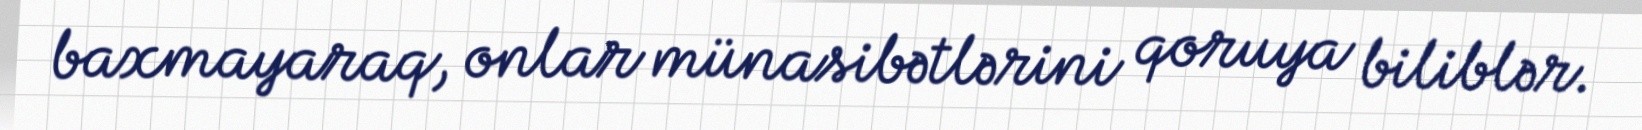
baxmayaraq, onlar münasibətlərini qoruya biliblər.